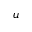
u